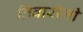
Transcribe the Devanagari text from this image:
तिवारीजी